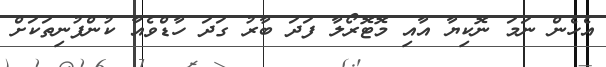
އެހެން ނަމަ ނޮކިޔާ އާއި މޮޓޮރޯލާ ފަދަ ބާރު ގަދަ ހާޑްވެއާ ކުންފުނިތަކަށް